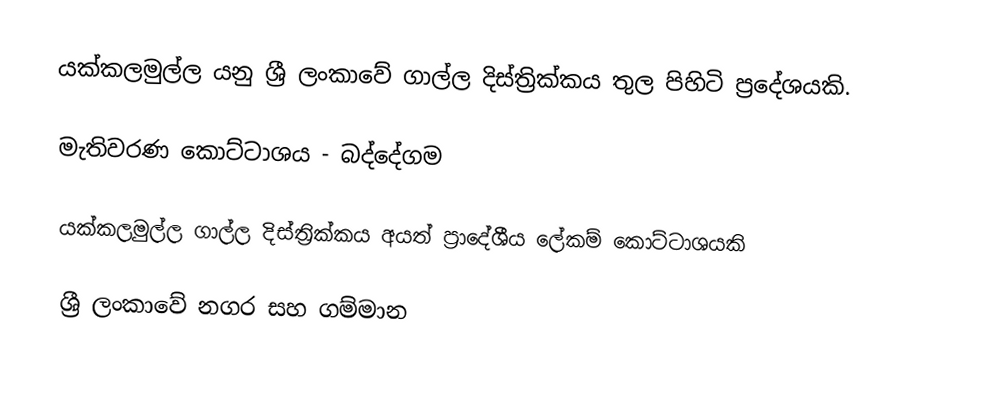
යක්කලමුල්ල යනු ශ්‍රී ලංකාවේ ගාල්ල දිස්ත්‍රික්කය තුල පිහිටි ප්‍රදේශයකි.

මැතිවරණ කොට්ටාශය - බද්දේගම

යක්කලමුල්ල ගාල්ල දිස්ත්‍රික්කය අයත් ප්‍රාදේශීය ලේකම් කොට්ටාශයකි

ශ්‍රී ලංකාවේ නගර සහ ගම්මාන